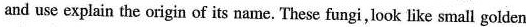
and use explain the origin of its name. These fungi,look like small golden